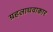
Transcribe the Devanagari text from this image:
ग्रहलाघवाकार